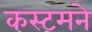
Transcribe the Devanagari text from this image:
कस्टमने